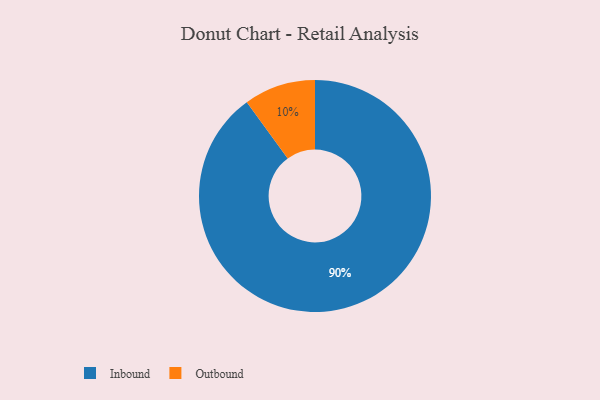
{"axis": {"x": "Category", "y": "Percentage"}, "legend": ["Inbound", "Outbound"], "data": [{"x": "Inbound", "y": 90, "type": "Inbound"}, {"x": "Outbound", "y": 10, "type": "Outbound"}]}